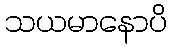
သယမာနောပိ